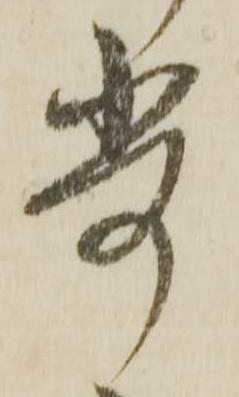
歩